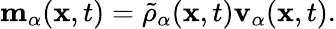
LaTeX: \begin{array}{r}{\mathbf{m}_{\alpha}(\mathbf{x},t)=\tilde{\rho}_{\alpha}(\mathbf{x},t)\mathbf{v}_{\alpha}(\mathbf{x},t).}\end{array}